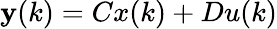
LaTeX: \mathbf{y}(k)=Cx(k)+Du(k)